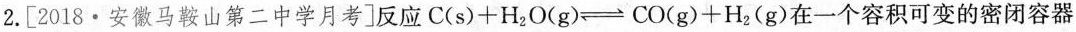
2.[2018·安徽马鞍山第二中学月考]反应$$C(s)+H_{2}O(g)\rightleftharpoons CO(g)+H_{2}(g)$$在一个容积可变的密闭容器